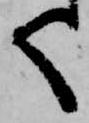
く